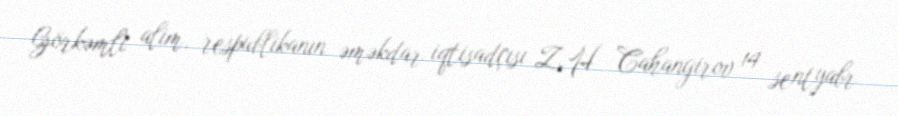
Görkəmli alim, respublikanın əməkdar iqtisadçısı Z.H Cahangirov 14 sentyabr